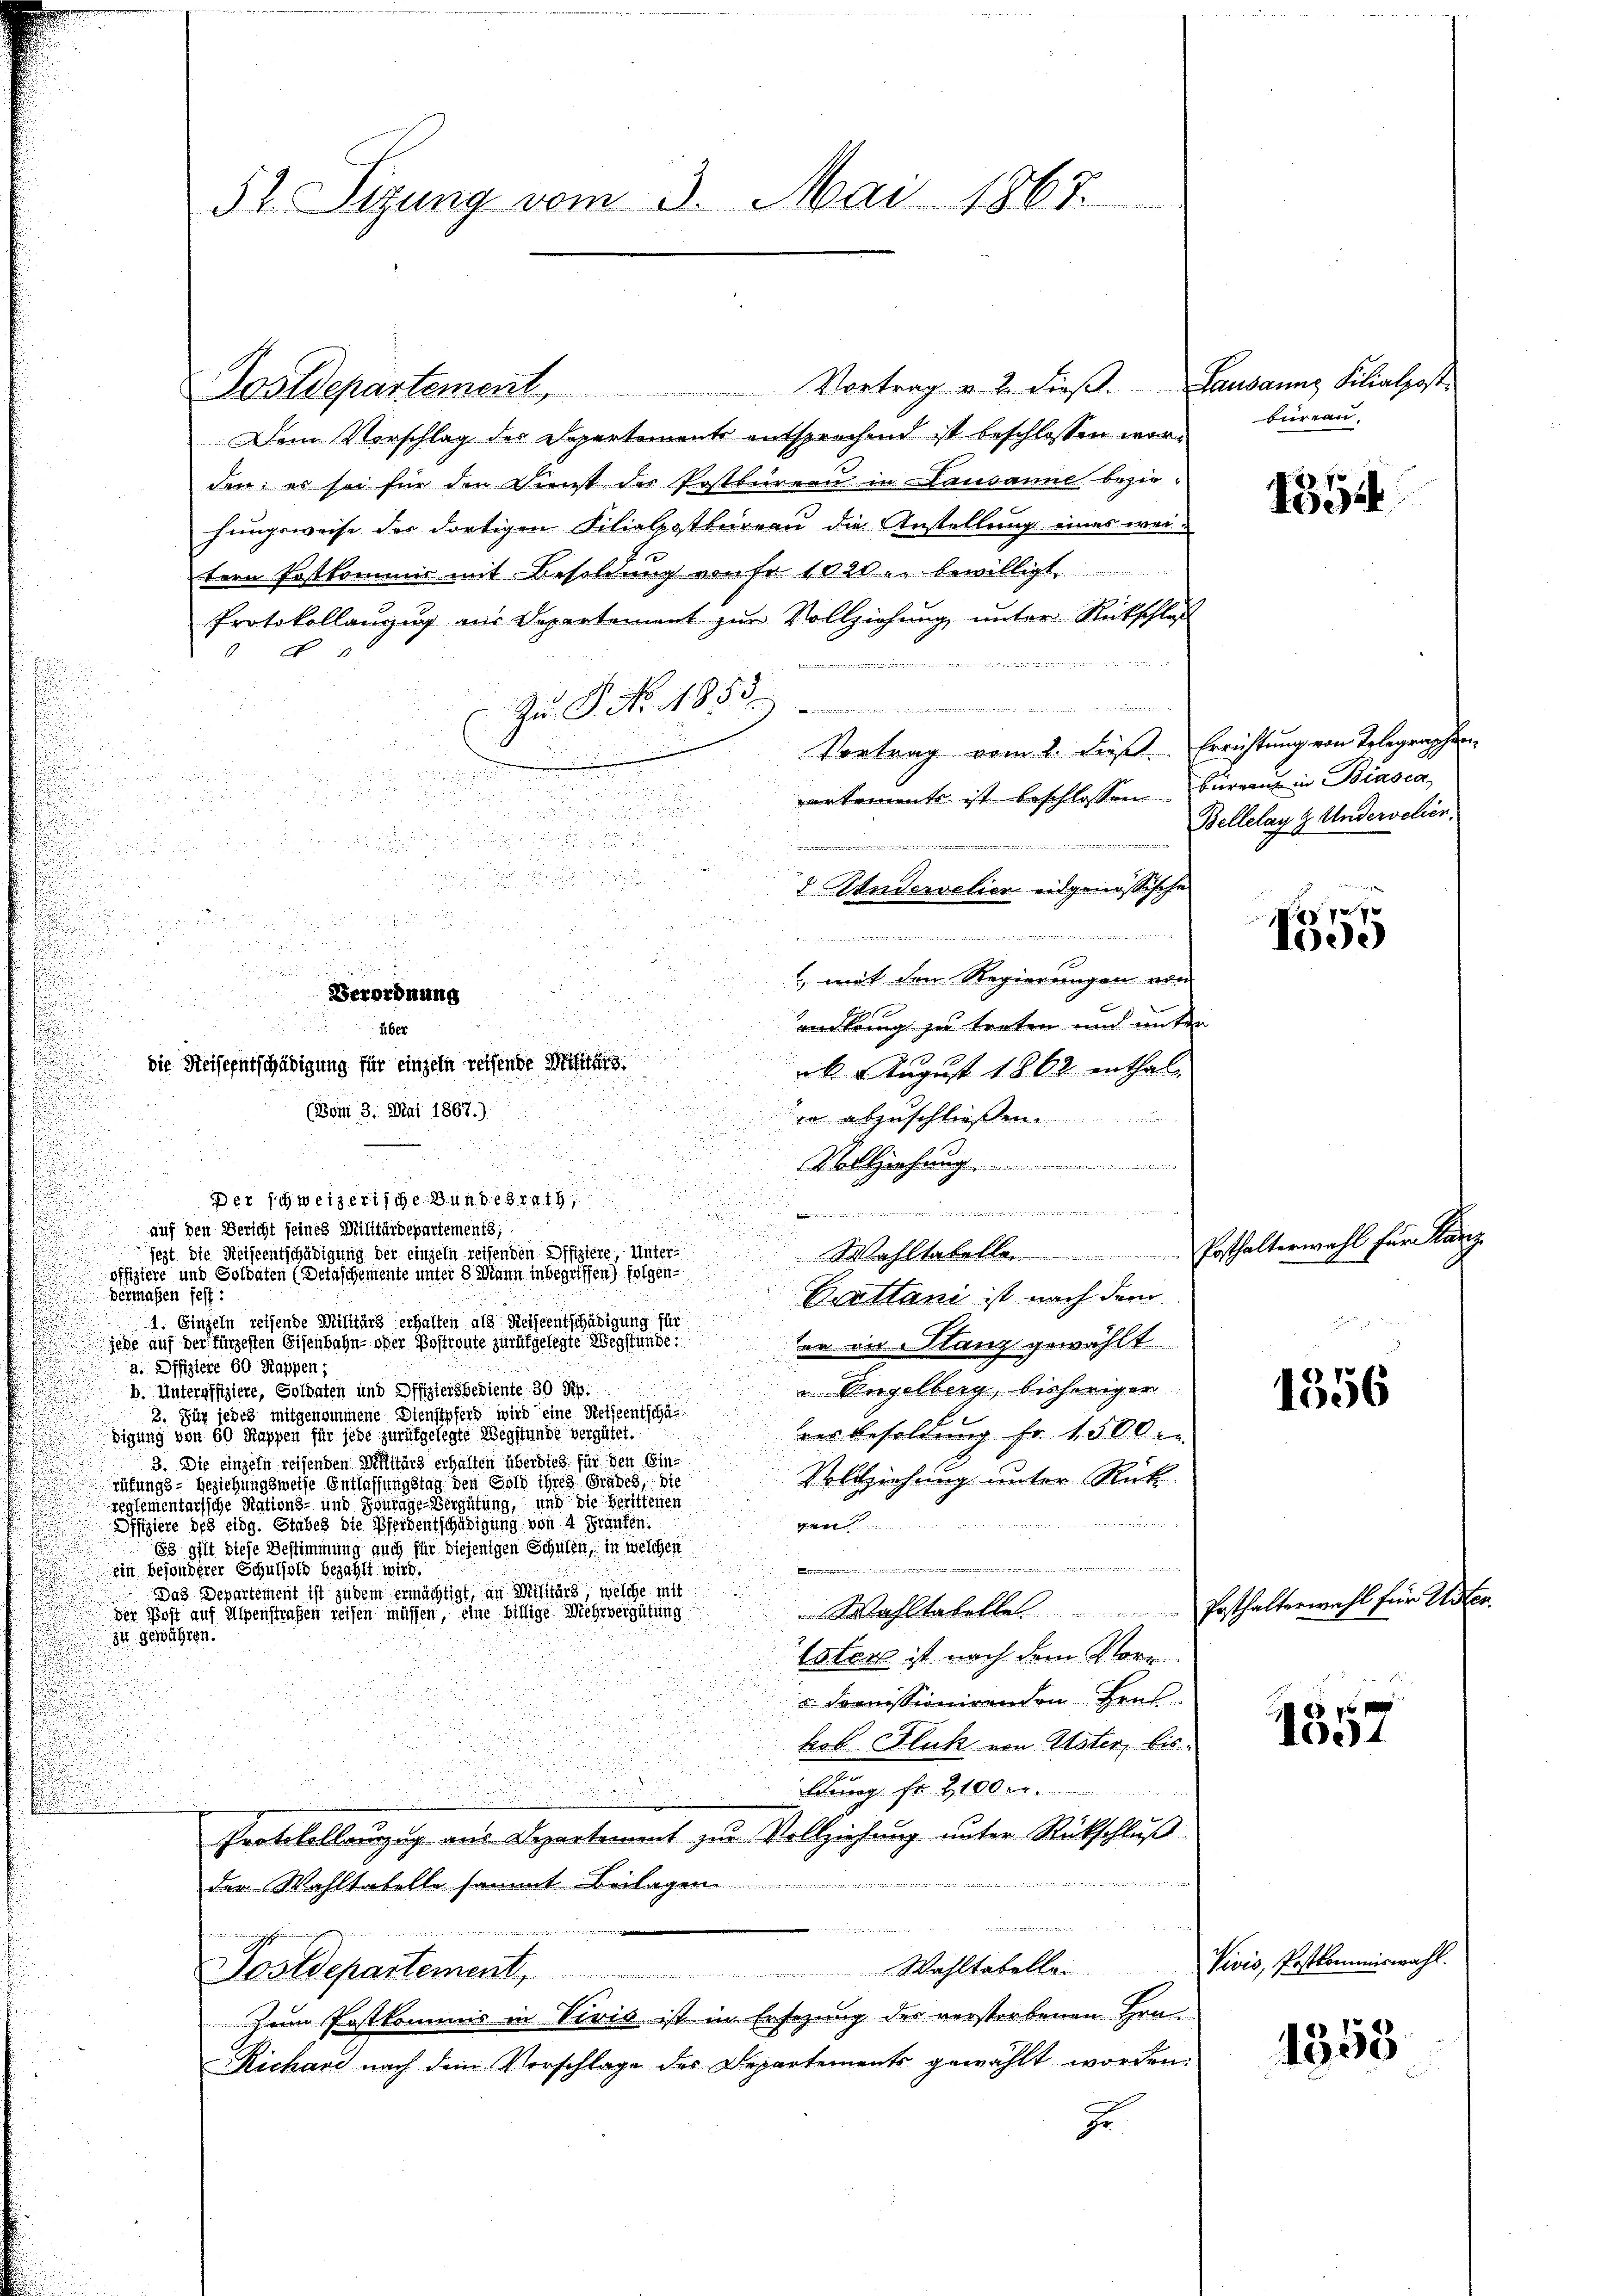
Sostdepartement, Vortrag v. 2. dieβ.
Dem Vorschlag des Departements entsprechend ist beschlossen worden; es sei für den Dienst der Postbernen in Lausanne beziehungsweise der dortigen Filialpostbureau die Anstellung eines weitern Festkommis mit Besoldung von Fr. 1020 u. bewilligt
Protokollanzug aus Departement zur Vollziehung unter Rückschluß

i
n
u
Zu P. Nr. 1855.
 a man
.
Vortrag vom 1. des Errichtung von Telegraphen
d

u

u Neu
artements ist beschlossen Büreau in Biasca

i
u

u

3 Studerelier eidgenössische

e

.

n

 mit den Regierungen vom
enckung zu treten und unter
k. August 1862 enthaler abzuschließen

.
Vollziehung

i
n
 irdistian nicht gegen, ungen, den Kreisiten in einen ge
auf den Bericht seines Militärdepartements;
u
Wohltabelle Posthalterwahl für Kanz
jezt die Reiseentschädigung der einzeln reisenden Offiziere, Unter-
offiziere und Soldaten (Detaschemente unter 8 Mann inbegriffen) folgeni
Vermaßen fest:
Cuttani ist nach dem
1. Einzeln reisende Militärs erhalten als Reiseentschädigung für
jege auf der fürzesten Eisenbahn- oder Postreute zurückgelegte Wegstunde:
ter in Stanz gewählt
a. Offiziere 60 Rappen;
.
 Angelberg, bisheriger
b. Unteroffiziere, Soldaten und Offiziersbediente 30 Rp.
2. Für jedes mitgenommene Dienstpfers wird eine Reiseentschäres Besoldung fr. 1500
digung von 60 Kappen für jede zurückgelegte Wegstunde vergütet.
s
3. Die einzeln reisenden Militärs erhalten überdies für den Ein-
Vollziehung unter Rück-
.
rüfungs- Beziehungsweise Entlassungstag den Gold ihres Grabes, die
reglementarische Nations- und Fourage-Vergütung, und die berittenen
.

gen
Offiziere des eidg. Stabes die Pferdentschädigung von 4 Prunten.
Es gilt diese Bestimmung auch für diejenigen Schulen, in welchen
 leer in den einer
ein besonderer Schulfond bezahlt wird.
s
Das Departement ist zudem ermächtigt, an Militärs, welche mit
i
Wahltabelle. Posthalterwahl für Uster.
der Post auf Alpenstraßen reisen müssen, eine billige Mehrvergütung
E
zt gewähren.
Esters ist nach dem Vorr
 dommissionirenden Hrn.
kob Fluck von Uster, bis
uung fr 41 der
Protokollenzug aus Departement zur Vollziehung unter Rückschluß
der Wahltatelle sammt Beilagen.
dch dort werden 10 Male der
n in die
Postdepartement, Wahltabella Vivis, Postkommiswahl
Zum Postkommis in Vivić ist in Ersezung des verstorbenen Gra¬
Richard nach dem Vorschlage des Departements gewählt worden.
J

52. Sizung vom 3. Mai 1867.

Verordnung

über
die Weiseentschädigung für einzeln reisende

Der schweizerische Bundesrath,

(Bon 3. Mai 1867.)

e
r

Lausanng Filialpost.
bureau.

1354

Bellelay z. Undervelier.

7
Aee)

1356

1557

1358